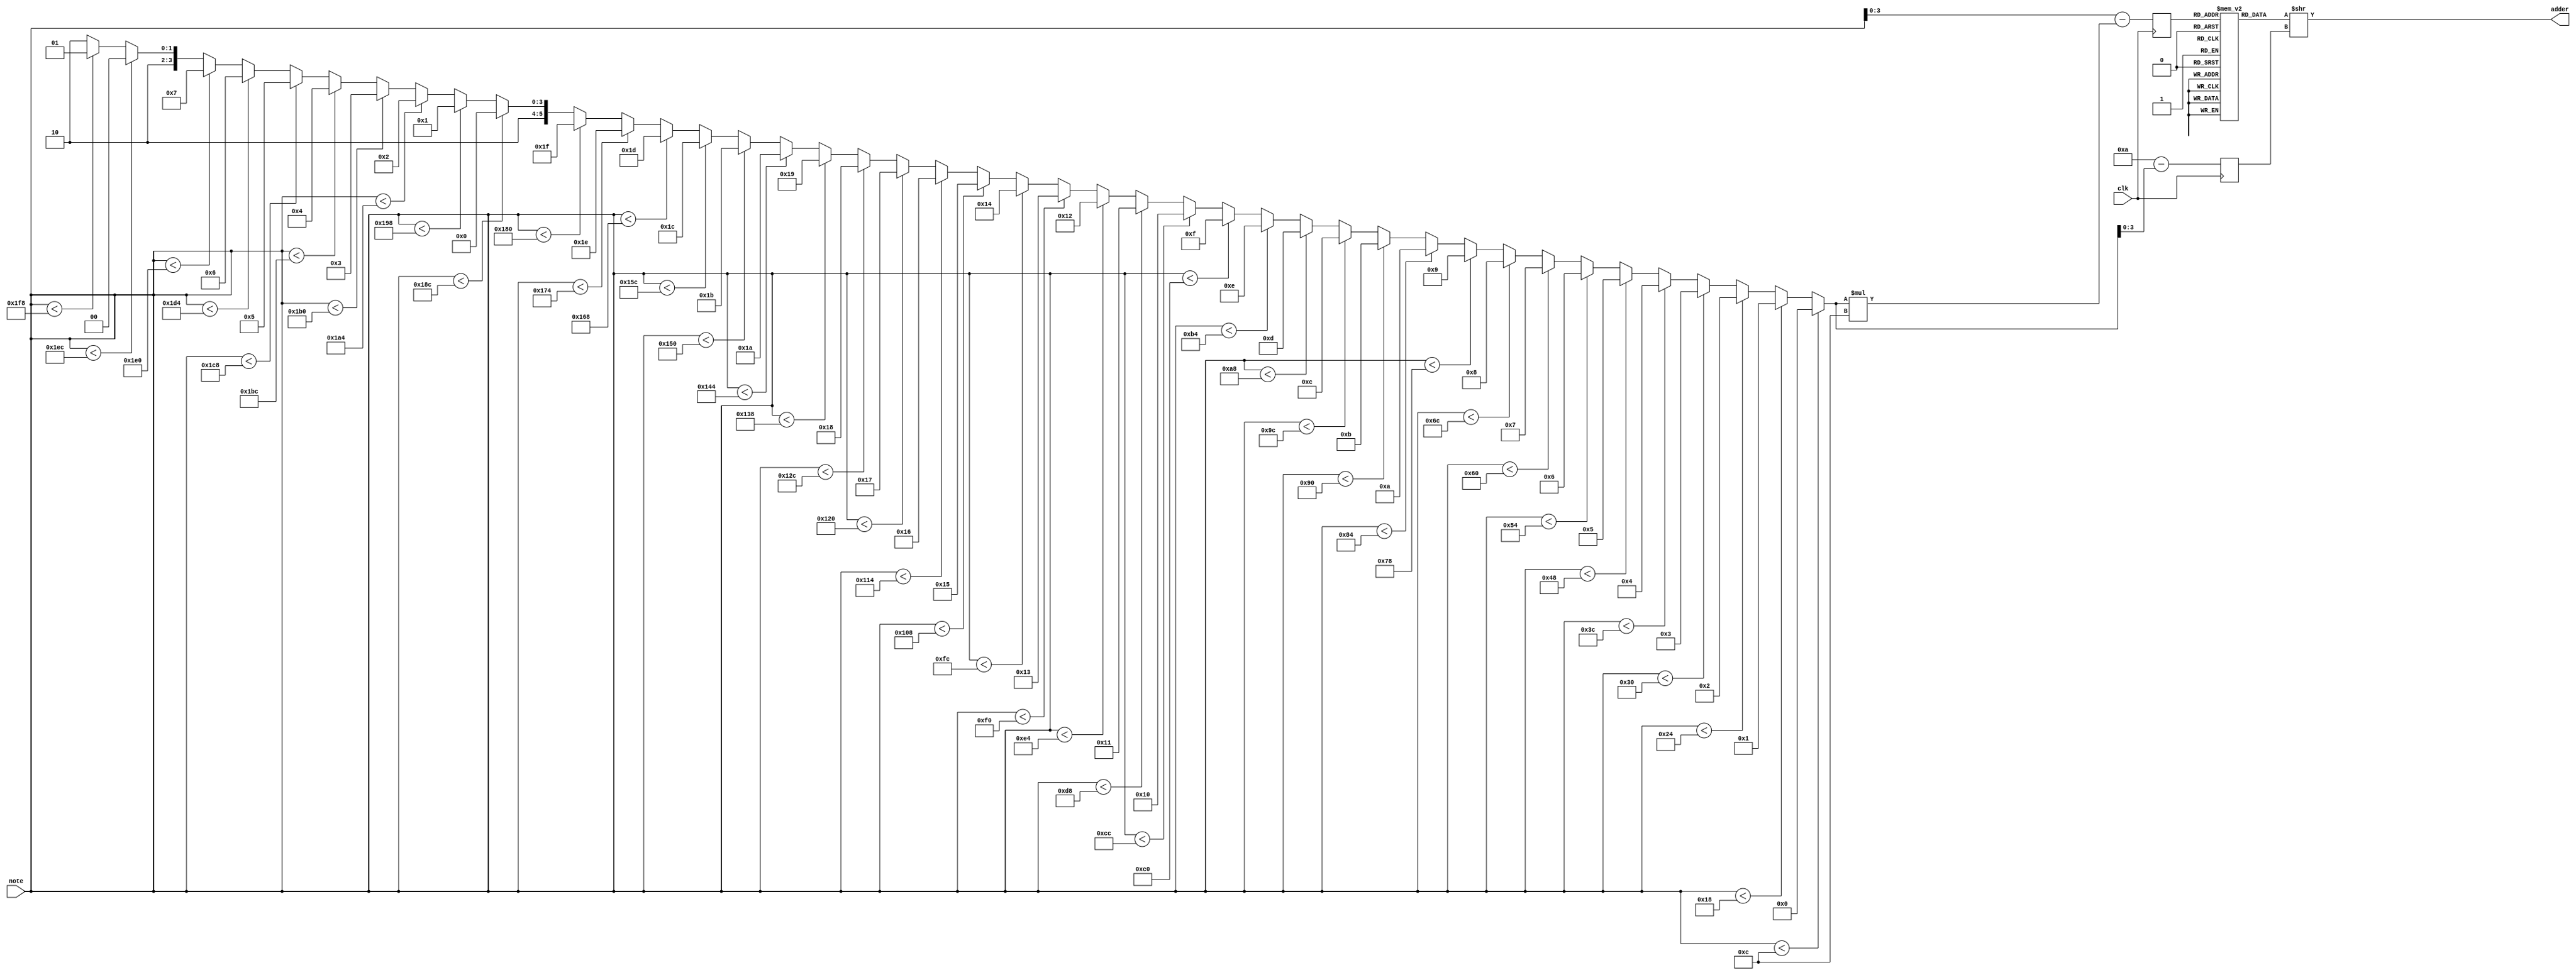
module note2dds(clk, note, adder);

input wire clk;
input wire [8:0] note; //  2 .      127,   512!
output [31:0] adder;

reg [31:0] adder_tbl [15:0];
reg [3:0] addr;
reg [3:0] divider;

// note div 12 ( * 0,08333333333333333333333333333333)
//; Add input / 16 to accumulator
//; Add input / 64 to accumulator

initial begin
   addr <= 4'd0;
	divider <= 4'd0;
	adder_tbl[ 4'd0] <= 32'd01438301;
	adder_tbl[ 4'd1] <= 32'd01523827;
	adder_tbl[ 4'd2] <= 32'd01614439;
	adder_tbl[ 4'd3] <= 32'd01710438;
	adder_tbl[ 4'd4] <= 32'd01812146;
	adder_tbl[ 4'd5] <= 32'd01919902;
	adder_tbl[ 4'd6] <= 32'd02034065;
	adder_tbl[ 4'd7] <= 32'd02155017;
	adder_tbl[ 4'd8] <= 32'd02283161;
	adder_tbl[ 4'd9] <= 32'd02418925;
	adder_tbl[4'd10] <= 32'd02562762;
	adder_tbl[4'd11] <= 32'd02715152;
	adder_tbl[4'd12] <= 32'd0;
	adder_tbl[4'd13] <= 32'd0;
	adder_tbl[4'd14] <= 32'd0;
	adder_tbl[4'd15] <= 32'd0;
end

assign adder = adder_tbl[addr] >> divider;

wire [5:0] diap   = (note <  12) ? 6'd00 :
					     (note <  24) ? 6'd01 :
					     (note <  36) ? 6'd02 :
					     (note <  48) ? 6'd03 :
					     (note <  60) ? 6'd04 :
					     (note <  72) ? 6'd05 :
					     (note <  84) ? 6'd06 :
					     (note <  96) ? 6'd07 :
					     (note < 108) ? 6'd08 :
					     (note < 120) ? 6'd09 : 
					     (note < 132) ? 6'd10 : 
					     (note < 144) ? 6'd11 : 
					     (note < 156) ? 6'd12 : 
					     (note < 168) ? 6'd13 : 
					     (note < 180) ? 6'd14 : 
					     (note < 192) ? 6'd15 : 
					     (note < 204) ? 6'd16 : 
					     (note < 216) ? 6'd17 : 
					     (note < 228) ? 6'd18 : 
					     (note < 240) ? 6'd19 : 
					     (note < 252) ? 6'd20 : 
					     (note < 264) ? 6'd21 : 
					     (note < 276) ? 6'd22 : 
					     (note < 288) ? 6'd23 : 
					     (note < 300) ? 6'd24 : 
					     (note < 312) ? 6'd25 : 
					     (note < 324) ? 6'd26 : 
					     (note < 336) ? 6'd27 : 
					     (note < 348) ? 6'd28 : 
					     (note < 360) ? 6'd29 : 
					     (note < 372) ? 6'd30 : 
					     (note < 384) ? 6'd31 : 
					     (note < 396) ? 6'd32 : 
					     (note < 408) ? 6'd33 : 
					     (note < 420) ? 6'd34 : 
					     (note < 432) ? 6'd35 : 
					     (note < 444) ? 6'd36 : 
					     (note < 456) ? 6'd37 : 
					     (note < 468) ? 6'd38 : 
					     (note < 480) ? 6'd39 : 
					     (note < 492) ? 6'd40 : 
					     (note < 504) ? 6'd41 : 6'd042 ;

wire [6:0] c_addr = note - (diap * 4'd012); 
						 
always @ (posedge clk) begin
	addr    <= c_addr[3:0];
	divider <= 6'd042 - diap;
end

endmodule